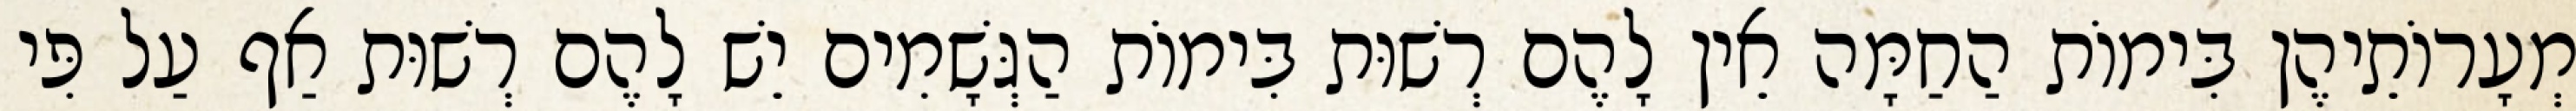
מְעָרוֹתֵיהֶן בִּימוֹת הַחַמָּה אֵין לָהֶם רְשׁוּת בִּימוֹת הַגְּשָׁמִים יֵשׁ לָהֶם רְשׁוּת אַף עַל פִּי